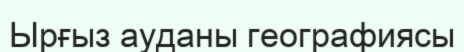
Ырғыз ауданы географиясы